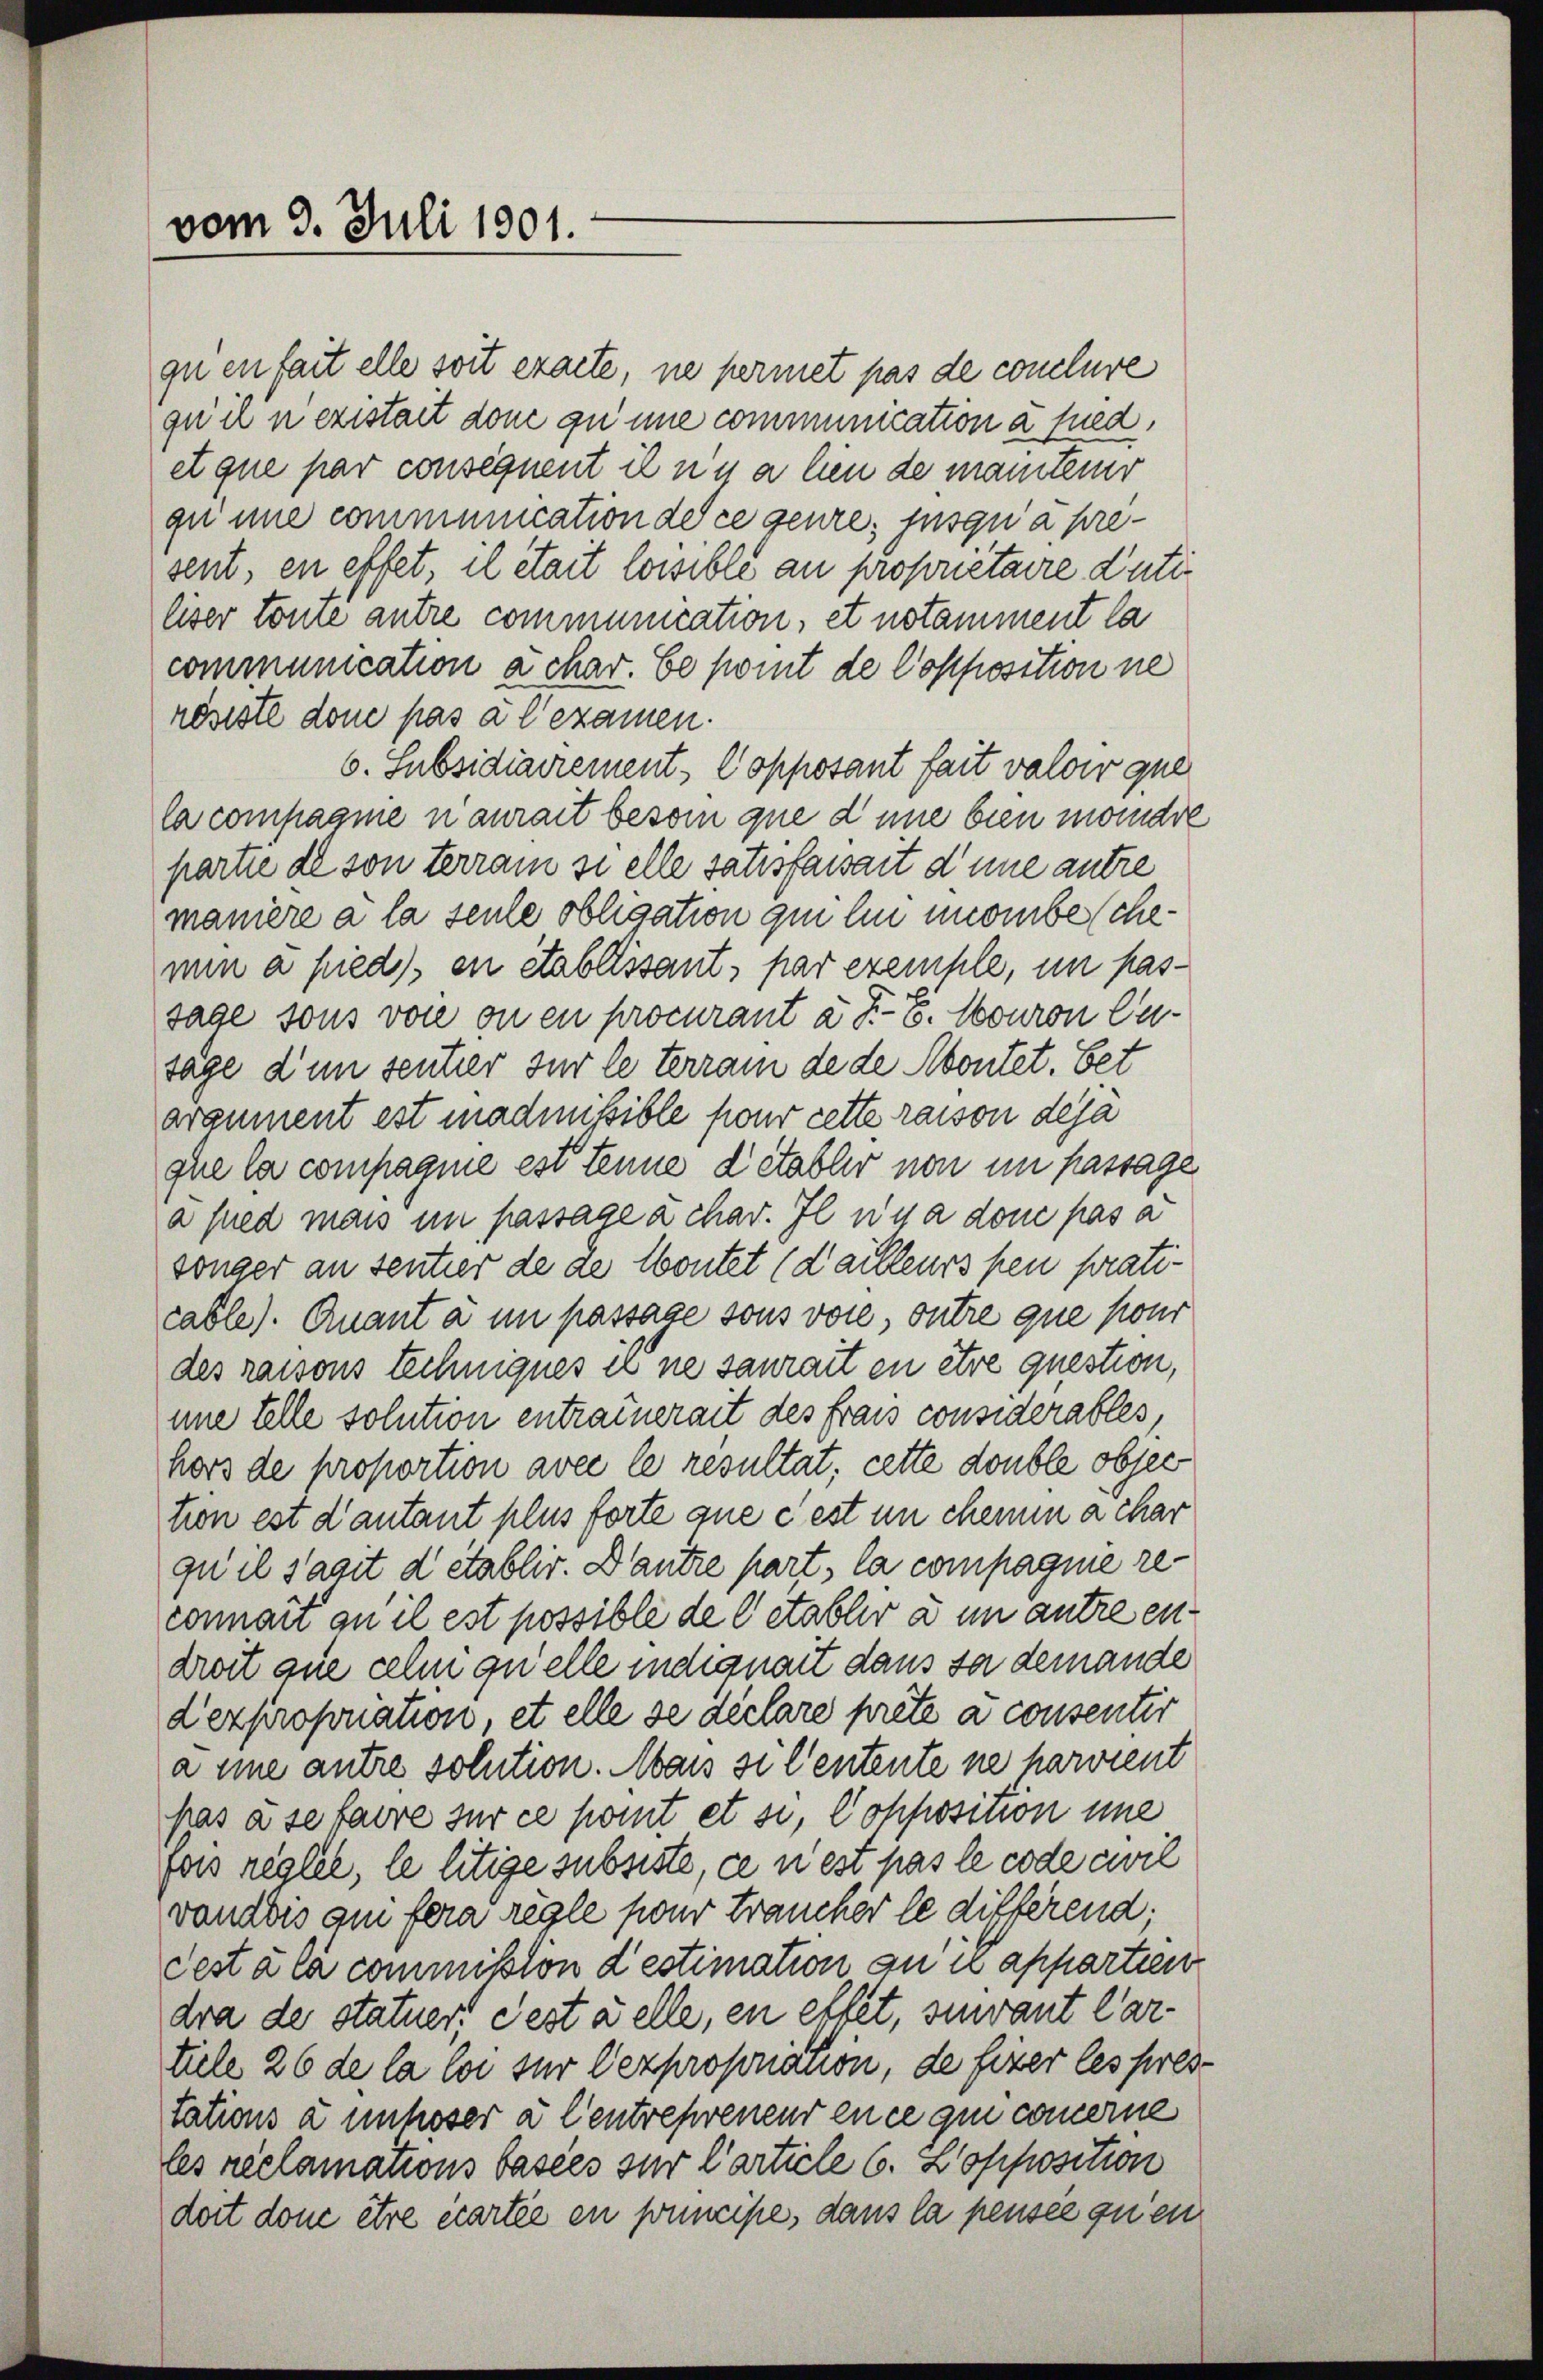
vom 3. Juli 1901.

quen fait elle soit exacte, ne permet pas de conclure
qu’il n existait donc zu une communication a fued,
et que par consequent il n y a lien de mainterr
qu une communication des ce genze, jusqui a present, en effet, il était loisible an propriétaire Dutiliser töne antre communication, et notamment la
communication a char. Ce komt de Copposition ne
résiste dome pas à l’examen.
6. Subsidiairement Copposant fait valoir que
la compasme n’aurait besoin que d une bien morndre
partie de son terrain si elle satisfaisait d’une autre
maniere a la seule obligation qui lin monbeschemin a pieds, en établissant, par exemple, in passage sous von ou en procurant à Fr. 8. Nouron Eutage d’un sentier sur le terrain de de Abontet. Bet
argument est madmissible pour cette raison deja
que la compagnie est tenne d’établir von im passage
a pied mais in passage à char. Il n’y a dont pas a
sönger an sentier de de toutet (dailleurs pen praticable). Quant à un passage sous vore, outre que pour
des raisons techniques es ne saurait en être question,
une telle solution entrainerait des Frau considerables,
hors de proportion avec le résultat, cette double obser
tion est d’autant plus forte que c est in chemen a char
qu’il sagit d’établis. Dantre part, la compagnie reconnait an il est possible de detablir à un autre endroit que celin quelle indignait dans sa demande
dexpropriation, et elle se declare prête à consentir
a eine antre solution. Mais si l’entente ne harvient
pas à se faire sur ce komt et si, Copposition une
fas regler, le litige subsiste, ce nest pas le code civil
vandbis am fera règle pour Francher le differend.
Testa la commission destimation zu in appartien
dra de statuer, Fest à elle, en eltet, sivant Cartile 26 de la loi sur expropriation, de fiser les prestations à unhöser à l’entrepreneur en ce qui cauerne
les reclamations basees zur Carticle 6. Lopposition
dort dome être écartée en principe, dans la pensée qu’en